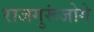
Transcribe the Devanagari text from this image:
राजगुरूंजोगे